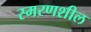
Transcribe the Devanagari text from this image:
स्मरणशील